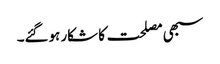
سبھی مصلحت کا شکار ہوگئے۔